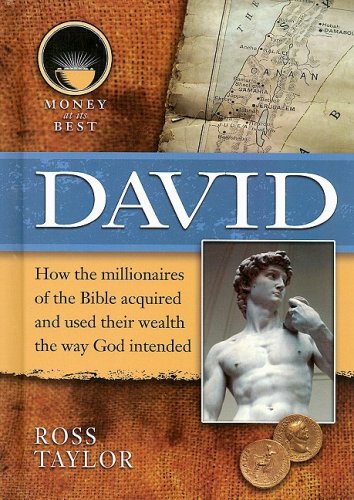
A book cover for David (Money at Its Best: Millionaires of the Bible); Ross Taylor; Teen & Young Adult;